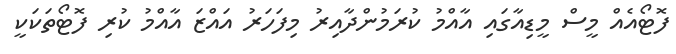
ފޮޓޯއެއް މީސް މީޑިއާގައި އާއްމު ކުރަމުންދާއިރު މިފަހަރު އައްޒަ އާއްމު ކުރި ފޮޓޯތަކަކީ